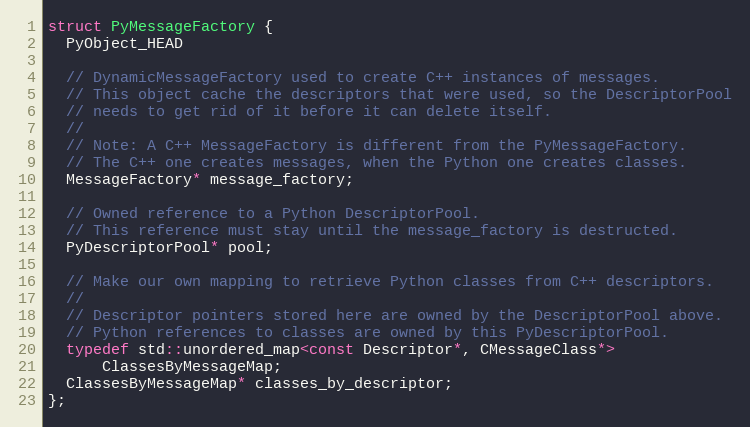
Language: C
struct PyMessageFactory {
  PyObject_HEAD

  // DynamicMessageFactory used to create C++ instances of messages.
  // This object cache the descriptors that were used, so the DescriptorPool
  // needs to get rid of it before it can delete itself.
  //
  // Note: A C++ MessageFactory is different from the PyMessageFactory.
  // The C++ one creates messages, when the Python one creates classes.
  MessageFactory* message_factory;

  // Owned reference to a Python DescriptorPool.
  // This reference must stay until the message_factory is destructed.
  PyDescriptorPool* pool;

  // Make our own mapping to retrieve Python classes from C++ descriptors.
  //
  // Descriptor pointers stored here are owned by the DescriptorPool above.
  // Python references to classes are owned by this PyDescriptorPool.
  typedef std::unordered_map<const Descriptor*, CMessageClass*>
      ClassesByMessageMap;
  ClassesByMessageMap* classes_by_descriptor;
};